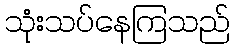
သုံးသပ်နေကြသည်